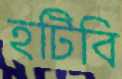
হটিবি